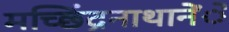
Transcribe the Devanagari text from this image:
मच्छिंद्रनाथानेेंे